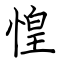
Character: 惶